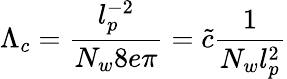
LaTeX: \Lambda_{c}=\frac{l_{p}^{-2}}{N_{w}8e\pi}=\tilde{c}\frac{1}{N_{w}l_{p}^{2}}